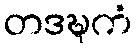
တဒဍ္ဎကံ